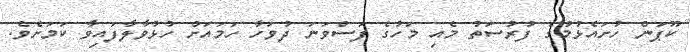
ކޫޕަން ހުށައެޅުމުގެ ފުރުސަތު މެއި މަހުގެ ފަސްވަނަ ދުވަހާ ހަމައަށް ހުޅުވާލާފައިވާ ކަމަށެވެ.